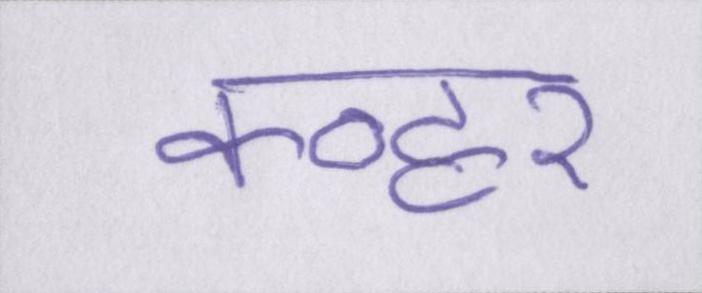
कव्हर